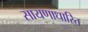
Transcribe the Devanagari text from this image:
सायणाधारित